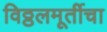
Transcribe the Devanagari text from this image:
विठ्ठलमूर्तीचा